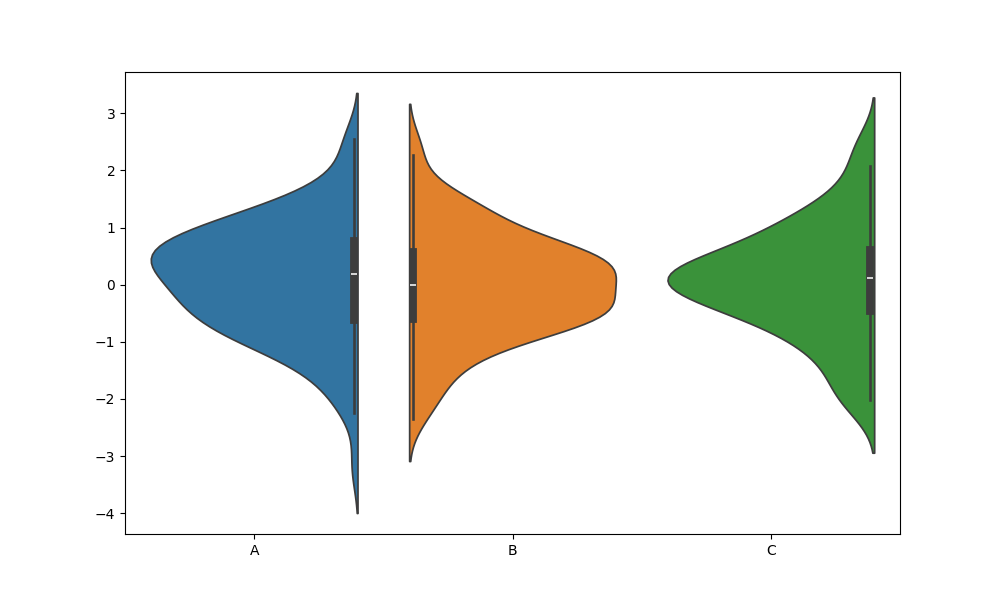
python, seaborn, violinplot, scale='width', split='True', inner='box', fill='True'